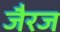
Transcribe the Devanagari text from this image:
जैरज